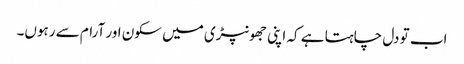
اب تو دل چاہتا ہے کہ اپنی جھونپڑی میں سکون اور آرام سے رہوں۔